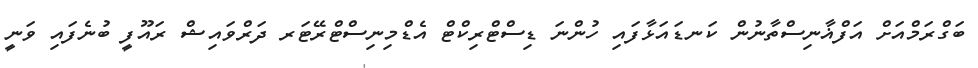
ބަގްރަމްއަށް އަފްޣާނިސްތާނުން ކަނޑައަޅާފައި ހުންނަ ޑިސްޓްރިކްޓް އެޑްމިނިސްޓްރޭޓަރ ދަރްވައިޝް ރައޫފީ ބުނެފައި ވަނީ